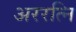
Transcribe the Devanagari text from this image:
अररत्नि